Annual administration report of the Civil Veterinary Department of India - 1895-1896
Year: 1895
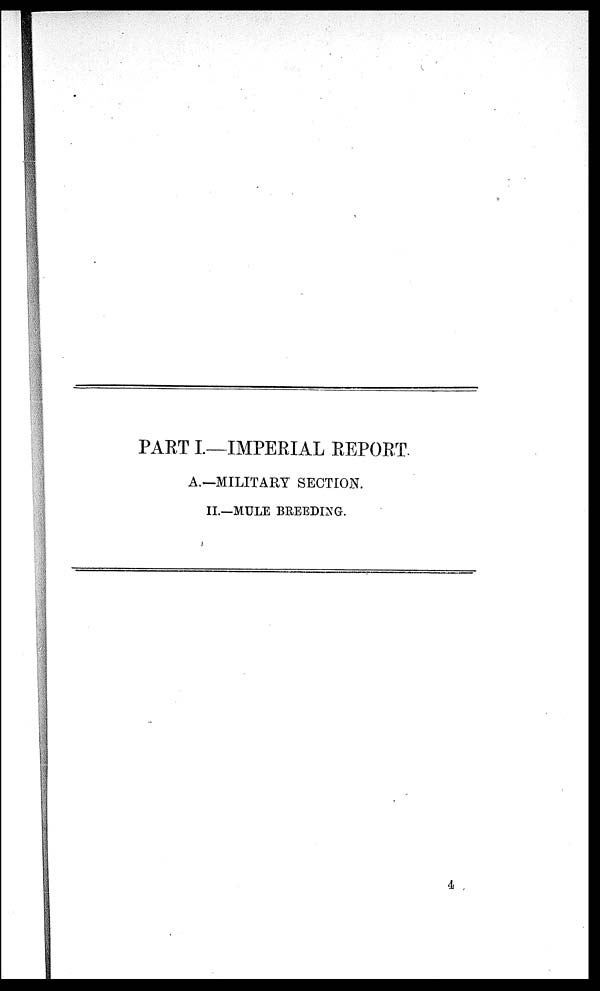
PART I.—IMPERIAL REPORT
A.—MILITARY SECTION.
II.—MULE BREEDING.
4